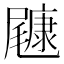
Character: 𱛂